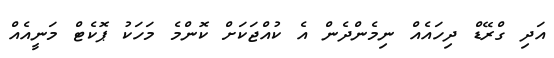
އަދި ގްރޭޑް ދިހައެއް ނިމެންދެން އެ ކުއްޖަކަށް ކޮންމެ މަހަކު ޕޮކެޓް މަނީއެއް